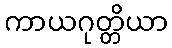
ကာယဂုတ္တိယာ